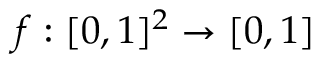
f : [ 0 , 1 ] ^ { 2 } \to [ 0 , 1 ]